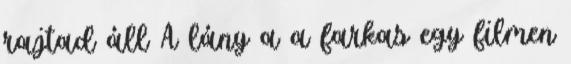
rajtad áll A lány a a farkas egy filmen